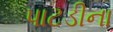
પાટડીના